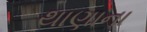
થાણાના